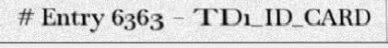
# Entry 6363 - TD1_ID_CARD